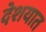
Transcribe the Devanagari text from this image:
देशयात